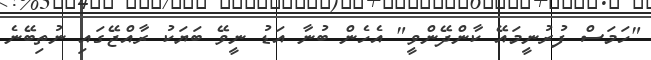
"ހަމަސް ފުރުނީމައޭ ކާންދޭންވީ" އެހެން ބުނާ އަޑު ނީވޭ ބަޔަކު ރާއްޖޭގައި ނުތިބޭނެ